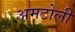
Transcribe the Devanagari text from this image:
अमटोली